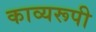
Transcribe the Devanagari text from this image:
काव्यरूपी